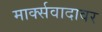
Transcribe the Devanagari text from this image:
मार्क्सवादावर